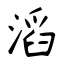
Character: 滔